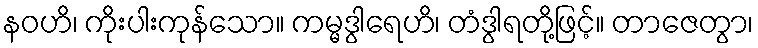
နဝဟိ၊ ကိုးပါးကုန်သော။ ကမ္မဒွါရေဟိ၊ တံဒွါရတို့ဖြင့်။ တာဇေတွာ၊